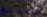
بودينغ